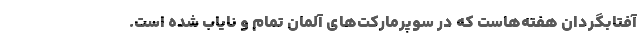
آفتابگردان هفته‌هاست که در سوپرمارکت‌های آلمان تمام و نایاب شده است.